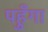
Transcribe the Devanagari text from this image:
पहुँगा